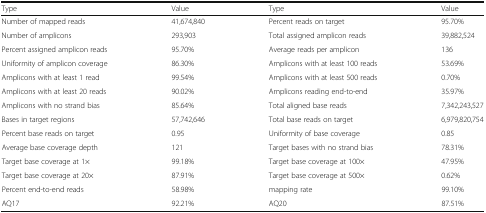
<table><thead><tr><td><b>Type</b></td><td><b>Value</b></td><td><b>Type</b></td><td><b>Value</b></td></tr></thead><tbody><tr><td>Number of mapped reads</td><td>41,674,840</td><td>Percent reads on target</td><td>95.70%</td></tr><tr><td>Number of amplicons</td><td>293,903</td><td>Total assigned amplicon reads</td><td>39,882,524</td></tr><tr><td>Percent assigned amplicon reads</td><td>95.70%</td><td>Average reads per amplicon</td><td>136</td></tr><tr><td>Uniformity of amplicon coverage</td><td>86.30%</td><td>Amplicons with at least 100 reads</td><td>53.69%</td></tr><tr><td>Amplicons with at least 1 read</td><td>99.54%</td><td>Amplicons with at least 500 reads</td><td>0.70%</td></tr><tr><td>Amplicons with at least 20 reads</td><td>90.02%</td><td>Amplicons reading end-to-end</td><td>35.97%</td></tr><tr><td>Amplicons with no strand bias</td><td>85.64%</td><td>Total aligned base reads</td><td>7,342,243,527</td></tr><tr><td>Bases in target regions</td><td>57,742,646</td><td>Total base reads on target</td><td>6,979,820,754</td></tr><tr><td>Percent base reads on target</td><td>0.95</td><td>Uniformity of base coverage</td><td>0.85</td></tr><tr><td>Average base coverage depth</td><td>121</td><td>Target bases with no strand bias</td><td>78.31%</td></tr><tr><td>Target base coverage at 1×</td><td>99.18%</td><td>Target base coverage at 100×</td><td>47.95%</td></tr><tr><td>Target base coverage at 20×</td><td>87.91%</td><td>Target base coverage at 500×</td><td>0.62%</td></tr><tr><td>Percent end-to-end reads</td><td>58.98%</td><td>mapping rate</td><td>99.10%</td></tr><tr><td>AQ17</td><td>92.21%</td><td>AQ20</td><td>87.51%</td></tr></tbody></table>